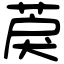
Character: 䓞